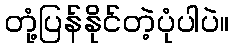
တုံ့ပြန်နိုင်တဲ့ပုံပါပဲ။